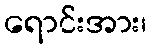
ရောင်းအား၊